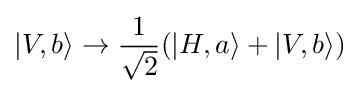
|V,b\rangle \rightarrow {\frac {1}{\sqrt {2}}}(|H,a\rangle +|V,b\rangle )